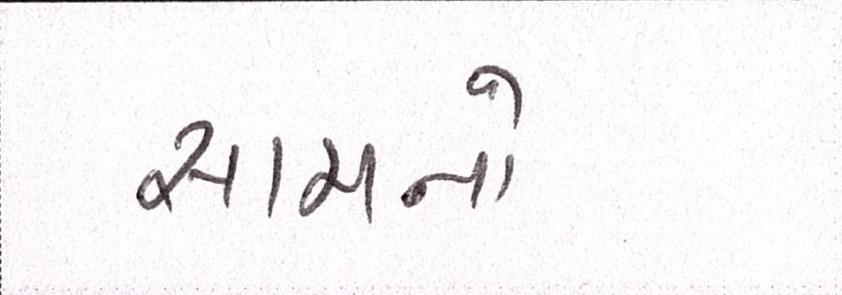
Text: સામનો